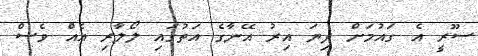
ސޫރީ އެ ގައުމަށް ދިޔަ އިރު އޭނާގެ އަތުގައި ލޯލާރި އެއް ވެސް